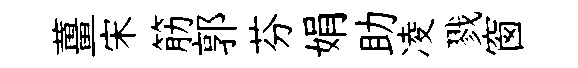
薑宋筋郭芬娟助凌戮窗